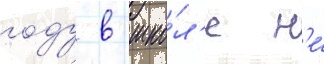
году в шко́л'е н'е́